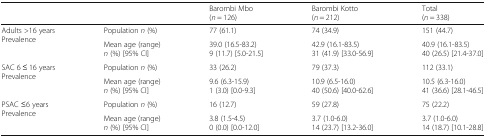
<table><thead><tr><td></td><td></td><td><b>Barombi Mbo(<i>n</i> = 126)</b></td><td><b>Barombi Kotto(<i>n</i> = 212)</b></td><td><b>Total(<i>n</i> = 338)</b></td></tr></thead><tbody><tr><td rowspan="2">Adults &gt;16 yearsPrevalence</td><td>Population <i>n</i> (%)</td><td>77 (61.1)</td><td>74 (34.9)</td><td>151 (44.7)</td></tr><tr><td>Mean age (range)<i>n</i> (%) [95% CI]</td><td>39.0 (16.5-83.2)9 (11.7) [5.0-21.5]</td><td>42.9 (16.1-83.5)31 (41.9) [33.0-56.9]</td><td>40.9 (16.1-83.5)40 (26.5) [21.4-37.0]</td></tr><tr><td rowspan="2">SAC 6 ≤ 16 yearsPrevalence</td><td>Population <i>n</i> (%)</td><td>33 (26.2)</td><td>79 (37.3)</td><td>112 (33.1)</td></tr><tr><td>Mean age (range)<i>n</i> (%) [95% CI]</td><td>9.6 (6.3-15.9)1 (3.0) [0.0-9.3]</td><td>10.9 (6.5-16.0)40 (50.6) [40.0-62.6]</td><td>10.5 (6.3-16.0)41 (36.6) [28.1-46.5]</td></tr><tr><td rowspan="2">PSAC ≤6 yearsPrevalence</td><td>Population <i>n</i> (%)</td><td>16 (12.7)</td><td>59 (27.8)</td><td>75 (22.2)</td></tr><tr><td>Mean age (range)<i>n</i> (%) [95% CI]</td><td>3.8 (1.5-4.5)0 (0.0) [0.0-12.0]</td><td>3.7 (1.0-6.0)14 (23.7) [13.2-36.0]</td><td>3.7 (1.0-6.0)14 (18.7) [10.1-28.8]</td></tr></tbody></table>